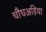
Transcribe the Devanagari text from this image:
चौघअड़िया